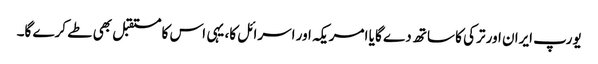
یورپ ایران اور ترکی کا ساتھ دے گا یا امریکہ اور اسرائل کا، یہی اس کا مستقبل بھی طے کرے گا۔